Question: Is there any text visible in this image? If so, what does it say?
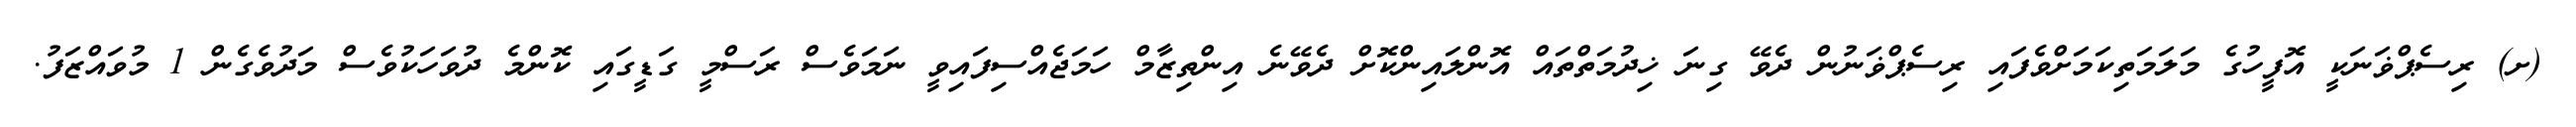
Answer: (ށ) ރިސެޕްޥަނަކީ އޮފީހުގެ މަލަމަތިކަމަށްވެފައި ރިސެޕްޥަނުން ދެވޭ ގިނަ ޚިދުމަތްތައް އޮންލައިންކޮށް ދެވޭނެ އިންތިޒާމް ހަމަޖެއްސިފައިވީ ނަމަވެސް ރަސްމީ ގަޑީގައި ކޮންމެ ދުވަހަކުވެސް މަދުވެގެން 1 މުވައްޒަފު.